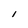
Character: l